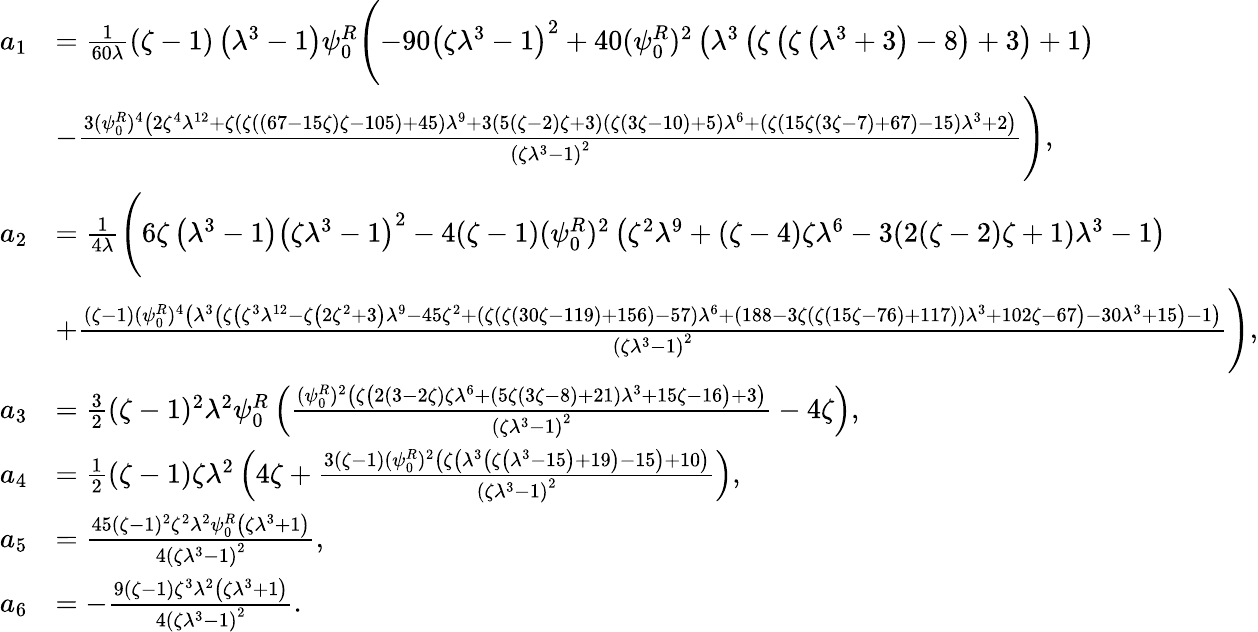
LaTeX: \begin{array}{rl}{a_{1}}&{=\frac{1}{60\lambda}(\zeta-1)\left(\lambda^{3}-1\right)\psi_{0}^{R}\Biggl(-90\left(\zeta\lambda^{3}-1\right)^{2}+40(\psi_{0}^{R})^{2}\left(\lambda^{3}\left(\zeta\left(\zeta\left(\lambda^{3}+3\right)-8\right)+3\right)+1\right)}\\ &{-\frac{3(\psi_{0}^{R})^{4}\left(2\zeta^{4}\lambda^{12}+\zeta(\zeta((67-15\zeta)\zeta-105)+45)\lambda^{9}+3(5(\zeta-2)\zeta+3)(\zeta(3\zeta-10)+5)\lambda^{6}+(\zeta(15\zeta(3\zeta-7)+67)-15)\lambda^{3}+2\right)}{\left(\zeta\lambda^{3}-1\right)^{2}}\Biggr),}\\ {a_{2}}&{=\frac{1}{4\lambda}\Biggl(6\zeta\left(\lambda^{3}-1\right)\left(\zeta\lambda^{3}-1\right)^{2}-4(\zeta-1)(\psi_{0}^{R})^{2}\left(\zeta^{2}\lambda^{9}+(\zeta-4)\zeta\lambda^{6}-3(2(\zeta-2)\zeta+1)\lambda^{3}-1\right)}\\ &{+\frac{(\zeta-1)(\psi_{0}^{R})^{4}\left(\lambda^{3}\left(\zeta\left(\zeta^{3}\lambda^{12}-\zeta\left(2\zeta^{2}+3\right)\lambda^{9}-45\zeta^{2}+(\zeta(\zeta(30\zeta-119)+156)-57)\lambda^{6}+(188-3\zeta(\zeta(15\zeta-76)+117))\lambda^{3}+102\zeta-67\right)-30\lambda^{3}+15\right)-1\right)}{\left(\zeta\lambda^{3}-1\right)^{2}}\Biggr),}\\ {a_{3}}&{=\frac{3}{2}(\zeta-1)^{2}\lambda^{2}\psi_{0}^{R}\left(\frac{(\psi_{0}^{R})^{2}\left(\zeta\left(2(3-2\zeta)\zeta\lambda^{6}+(5\zeta(3\zeta-8)+21)\lambda^{3}+15\zeta-16\right)+3\right)}{\left(\zeta\lambda^{3}-1\right)^{2}}-4\zeta\right),}\\ {a_{4}}&{=\frac{1}{2}(\zeta-1)\zeta\lambda^{2}\left(4\zeta+\frac{3(\zeta-1)(\psi_{0}^{R})^{2}\left(\zeta\left(\lambda^{3}\left(\zeta\left(\lambda^{3}-15\right)+19\right)-15\right)+10\right)}{\left(\zeta\lambda^{3}-1\right)^{2}}\right),}\\ {a_{5}}&{=\frac{45(\zeta-1)^{2}\zeta^{2}\lambda^{2}\psi_{0}^{R}\left(\zeta\lambda^{3}+1\right)}{4\left(\zeta\lambda^{3}-1\right)^{2}},}\\ {a_{6}}&{=-\frac{9(\zeta-1)\zeta^{3}\lambda^{2}\left(\zeta\lambda^{3}+1\right)}{4\left(\zeta\lambda^{3}-1\right)^{2}}.}\end{array}